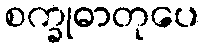
စက္ခုဓာတုပေ